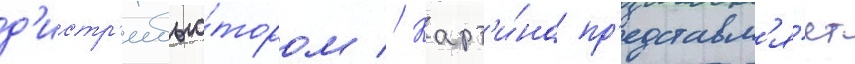
д'истр'ибью́тором // Карт'и́на пр'едставл'я́ет